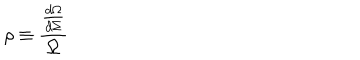
LaTeX: \rho \equiv \frac { \frac { d \Omega } { d \Sigma } } { \Omega }